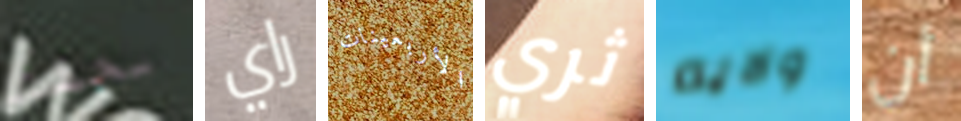
بحقك راي الأربعينات ثري ولايه أن